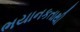
ભયાનકતાથી